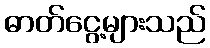
ဓာတ်ငွေ့များသည်